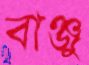
বাঞ্জু